Scottish Leaving Certificate Examination, 1960
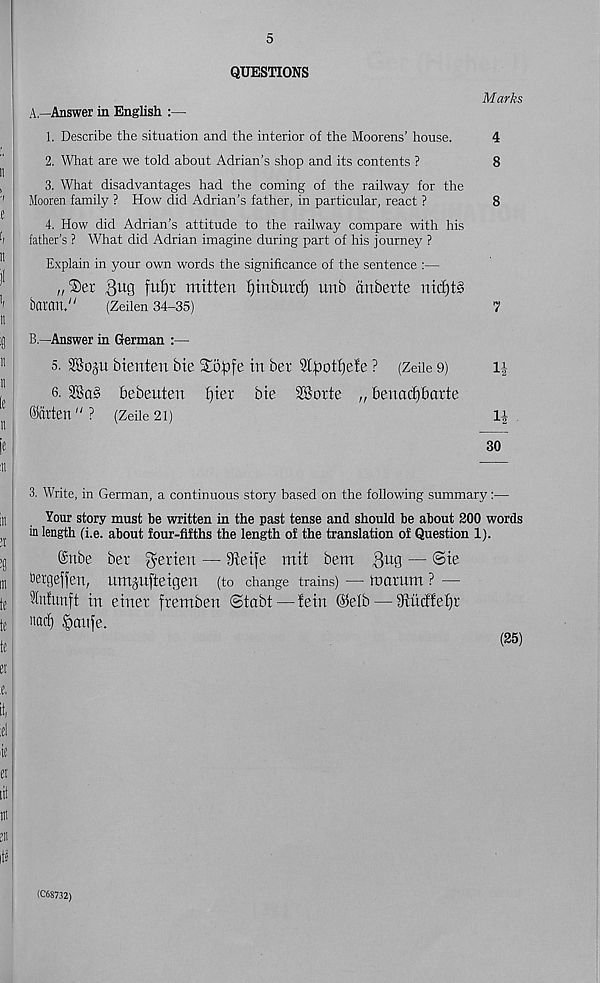
5
QUESTIONS
Marks
A.
—Answer in English :—
1. Describe the situation and the interior of the Moorens’ house.
4
2. What are we told about Adrian’s shop and its contents ?
8
3. What disadvantages had the coming of the railway for the
Mooren family ? How did Adrian’s father, in particular, react ?
8
4. How did Adrian’s attitude to the railway compare with his
father’s ? What did Adrian imagine during part of his journey ?
Explain in your own words the significance of the sentence :—
„®er
mitten fjinbutcf) uub dnberte nicfjtS
barctn."
(Zeilen 34-35)
7
B.
—Answer in German :—
5.
bienten bie Stopfe in ber 9lpott)ete ? (Zeile 9)
6.
bebeuten fjier bie SSorte „ benact)barte
fatten"? (Zeiie2i)
i|
30
3. Write, in German, a continuous story based on the following summary :—
Your story must be written in the past tense and should be about 200 words
in length (i.e. about four-fifths the length of the translation of Question 1).
@nbe ber Merten — Steife mit bem 3 U Q — ©ie
fergeffen, umjufteigen (to change trains) — rocirum ? —
'Infunft in einet fremben ©tabt—tein @elb — iRticttetjr
nac^ ^aitfe.
(25)